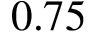
0 . 7 5